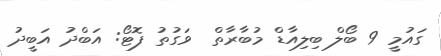
ގައުމީ 9 ބޯލް ބިލިއާޑް މުބާރާތް  ވަގުތު ފޮޓޯ: އަބްދު އަބީދު